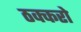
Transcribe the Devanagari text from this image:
ठक्करो